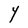
Character: Y